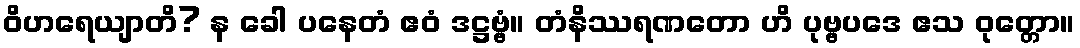
ဝိဟရေယျာတိ? န ခေါ ပနေတံ ဧဝံ ဒဋ္ဌဗ္ဗံ။ တံနိဿရဏတော ဟိ ပုဗ္ဗပဒေ ဧသ ဝုတ္တော။